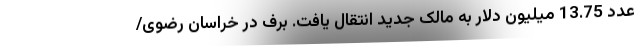
عدد 13.75 میلیون دلار به مالک جدید انتقال یافت. برف در خراسان رضوی/